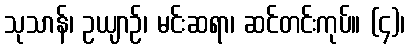
သုသာန်၊ ဥယျာဉ်၊ မင်းဆရာ၊ ဆင်တင်းကုပ်။ (၄)၊